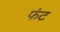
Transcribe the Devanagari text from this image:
फंट